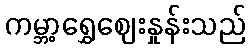
ကမ္ဘာ့ရွှေဈေးနှုန်းသည်